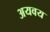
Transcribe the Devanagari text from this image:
अयवय